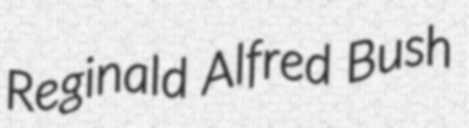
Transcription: Reginald Alfred Bush